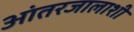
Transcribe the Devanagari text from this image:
आंतरजालाशी